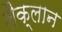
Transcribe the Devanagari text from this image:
लैक्लान